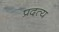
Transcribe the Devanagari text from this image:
प्रदत्य